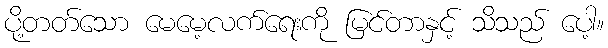
ပို့တတ်သော မေမေ့လက်ရေးကို မြင်တာနှင့် သိသည် ပေါ့။